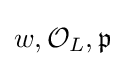
w,{\mathcal {O}}_{L},{\mathfrak {p}}